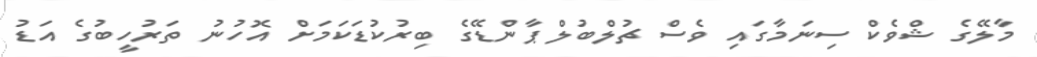
މާލޭގެ ޝްވެކް ސިނަމާގައި ވެސް ޗުލްބުލް ޕާންޑޭގެ ބިރުކުޑަކަމަށް އޮހުނު ތަރުހީބުގެ އަޑު